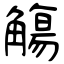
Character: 觴